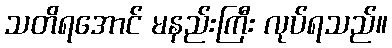
သတိရအောင် မနည်းကြီး လုပ်ရသည်။